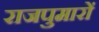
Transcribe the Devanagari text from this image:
राजपुमारों